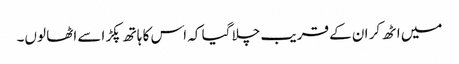
میں اٹھ کر ان کے قریب چلا گیا کہ اس کا ہاتھ پکڑ اسے اٹھا لوں۔